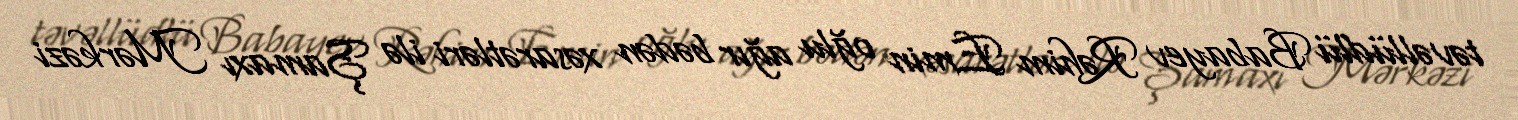
təvəllüdlü Babayev Rəhim Emin oğlu ağır bədən xəsarətləri ilə Şamaxı Mərkəzi